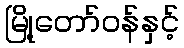
မြို့တော်ဝန်နှင့်